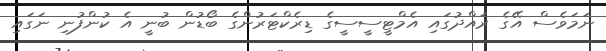
ނަމަވެސް އޭގެ ރައްދުގައި އެމްޓީސީސީގެ ޑިރެކްޓަރުންގެ ބޯޑުން ބުނީ އެ ކުންފުނި ނަގައި